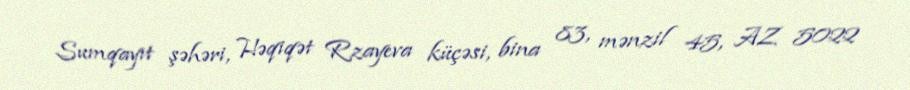
Sumqayıt şəhəri, Həqiqət Rzayeva küçəsi, bina 83, mənzil 45, AZ 5022